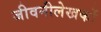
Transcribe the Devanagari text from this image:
जीवनीलेखकों